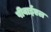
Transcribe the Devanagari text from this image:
पीवाईएल